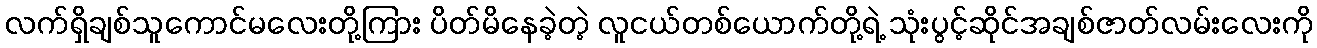
လက်ရှိချစ်သူကောင်မလေးတို့ကြား ပိတ်မိနေခဲ့တဲ့ လူငယ်တစ်ယောက်တို့ရဲ့ သုံးပွင့်ဆိုင်အချစ်ဇာတ်လမ်းလေးကို